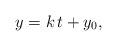
LaTeX: \begin{align*}y = k\, t + y_0,\end{align*}